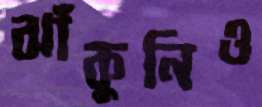
ঝাঁকুনিও